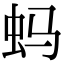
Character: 蚂